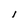
Character: I